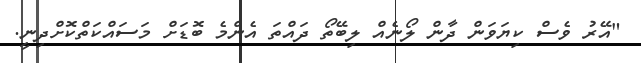
"އޭރު ވެސް ކިޔަވަން ދާން ލޯނެއް ލިބޭތޯ ދައްތަ އެންމެ ބޮޑަށް މަސައްކަތްކޮށްދިނީ.